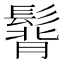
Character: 𩭿